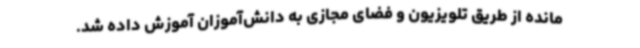
مانده از طریق تلویزیون و فضای مجازی به دانش‌آموزان آموزش داده شد.